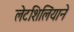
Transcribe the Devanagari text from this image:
लेटशिलिंयाने